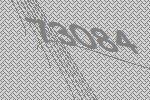
73084